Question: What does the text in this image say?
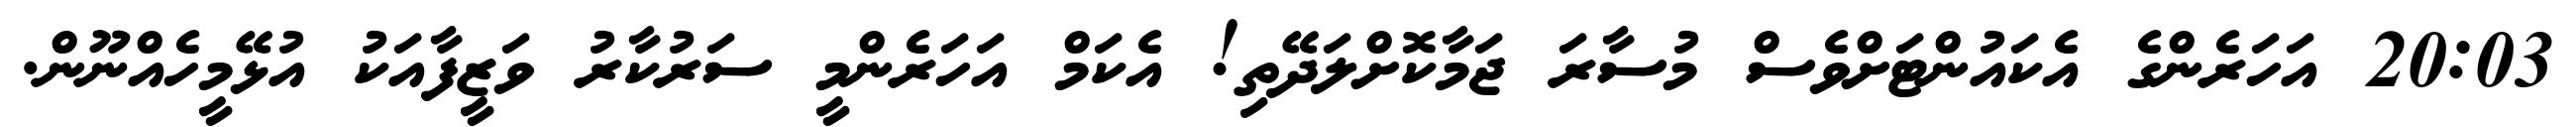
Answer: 20:03 އަހަރެންގެ އެކައުންޓަށްވެސް މުސާރަ ޖަމާކޮށްލަދޭތި! އެކަމް އަހަރެންމީ ސަރުކާރު ވަޒީފާއަކު އުޅޭމީހެއްނޫން.